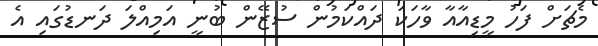
މެޗަށް ފަހު މީޑިއާއާ ވާހަކަ ދައްކަމުން ސުޒޭން ބުނީ އަމިއްލަ ދަނޑުގައި އެ